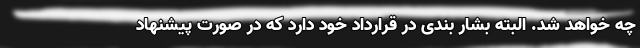
چه خواهد شد. البته بشار بندی در قرارداد خود دارد که در صورت پیشنهاد